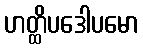
ဟတ္ထိပဒေါပမော